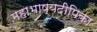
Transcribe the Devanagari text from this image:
महाभाष्यदीपिका